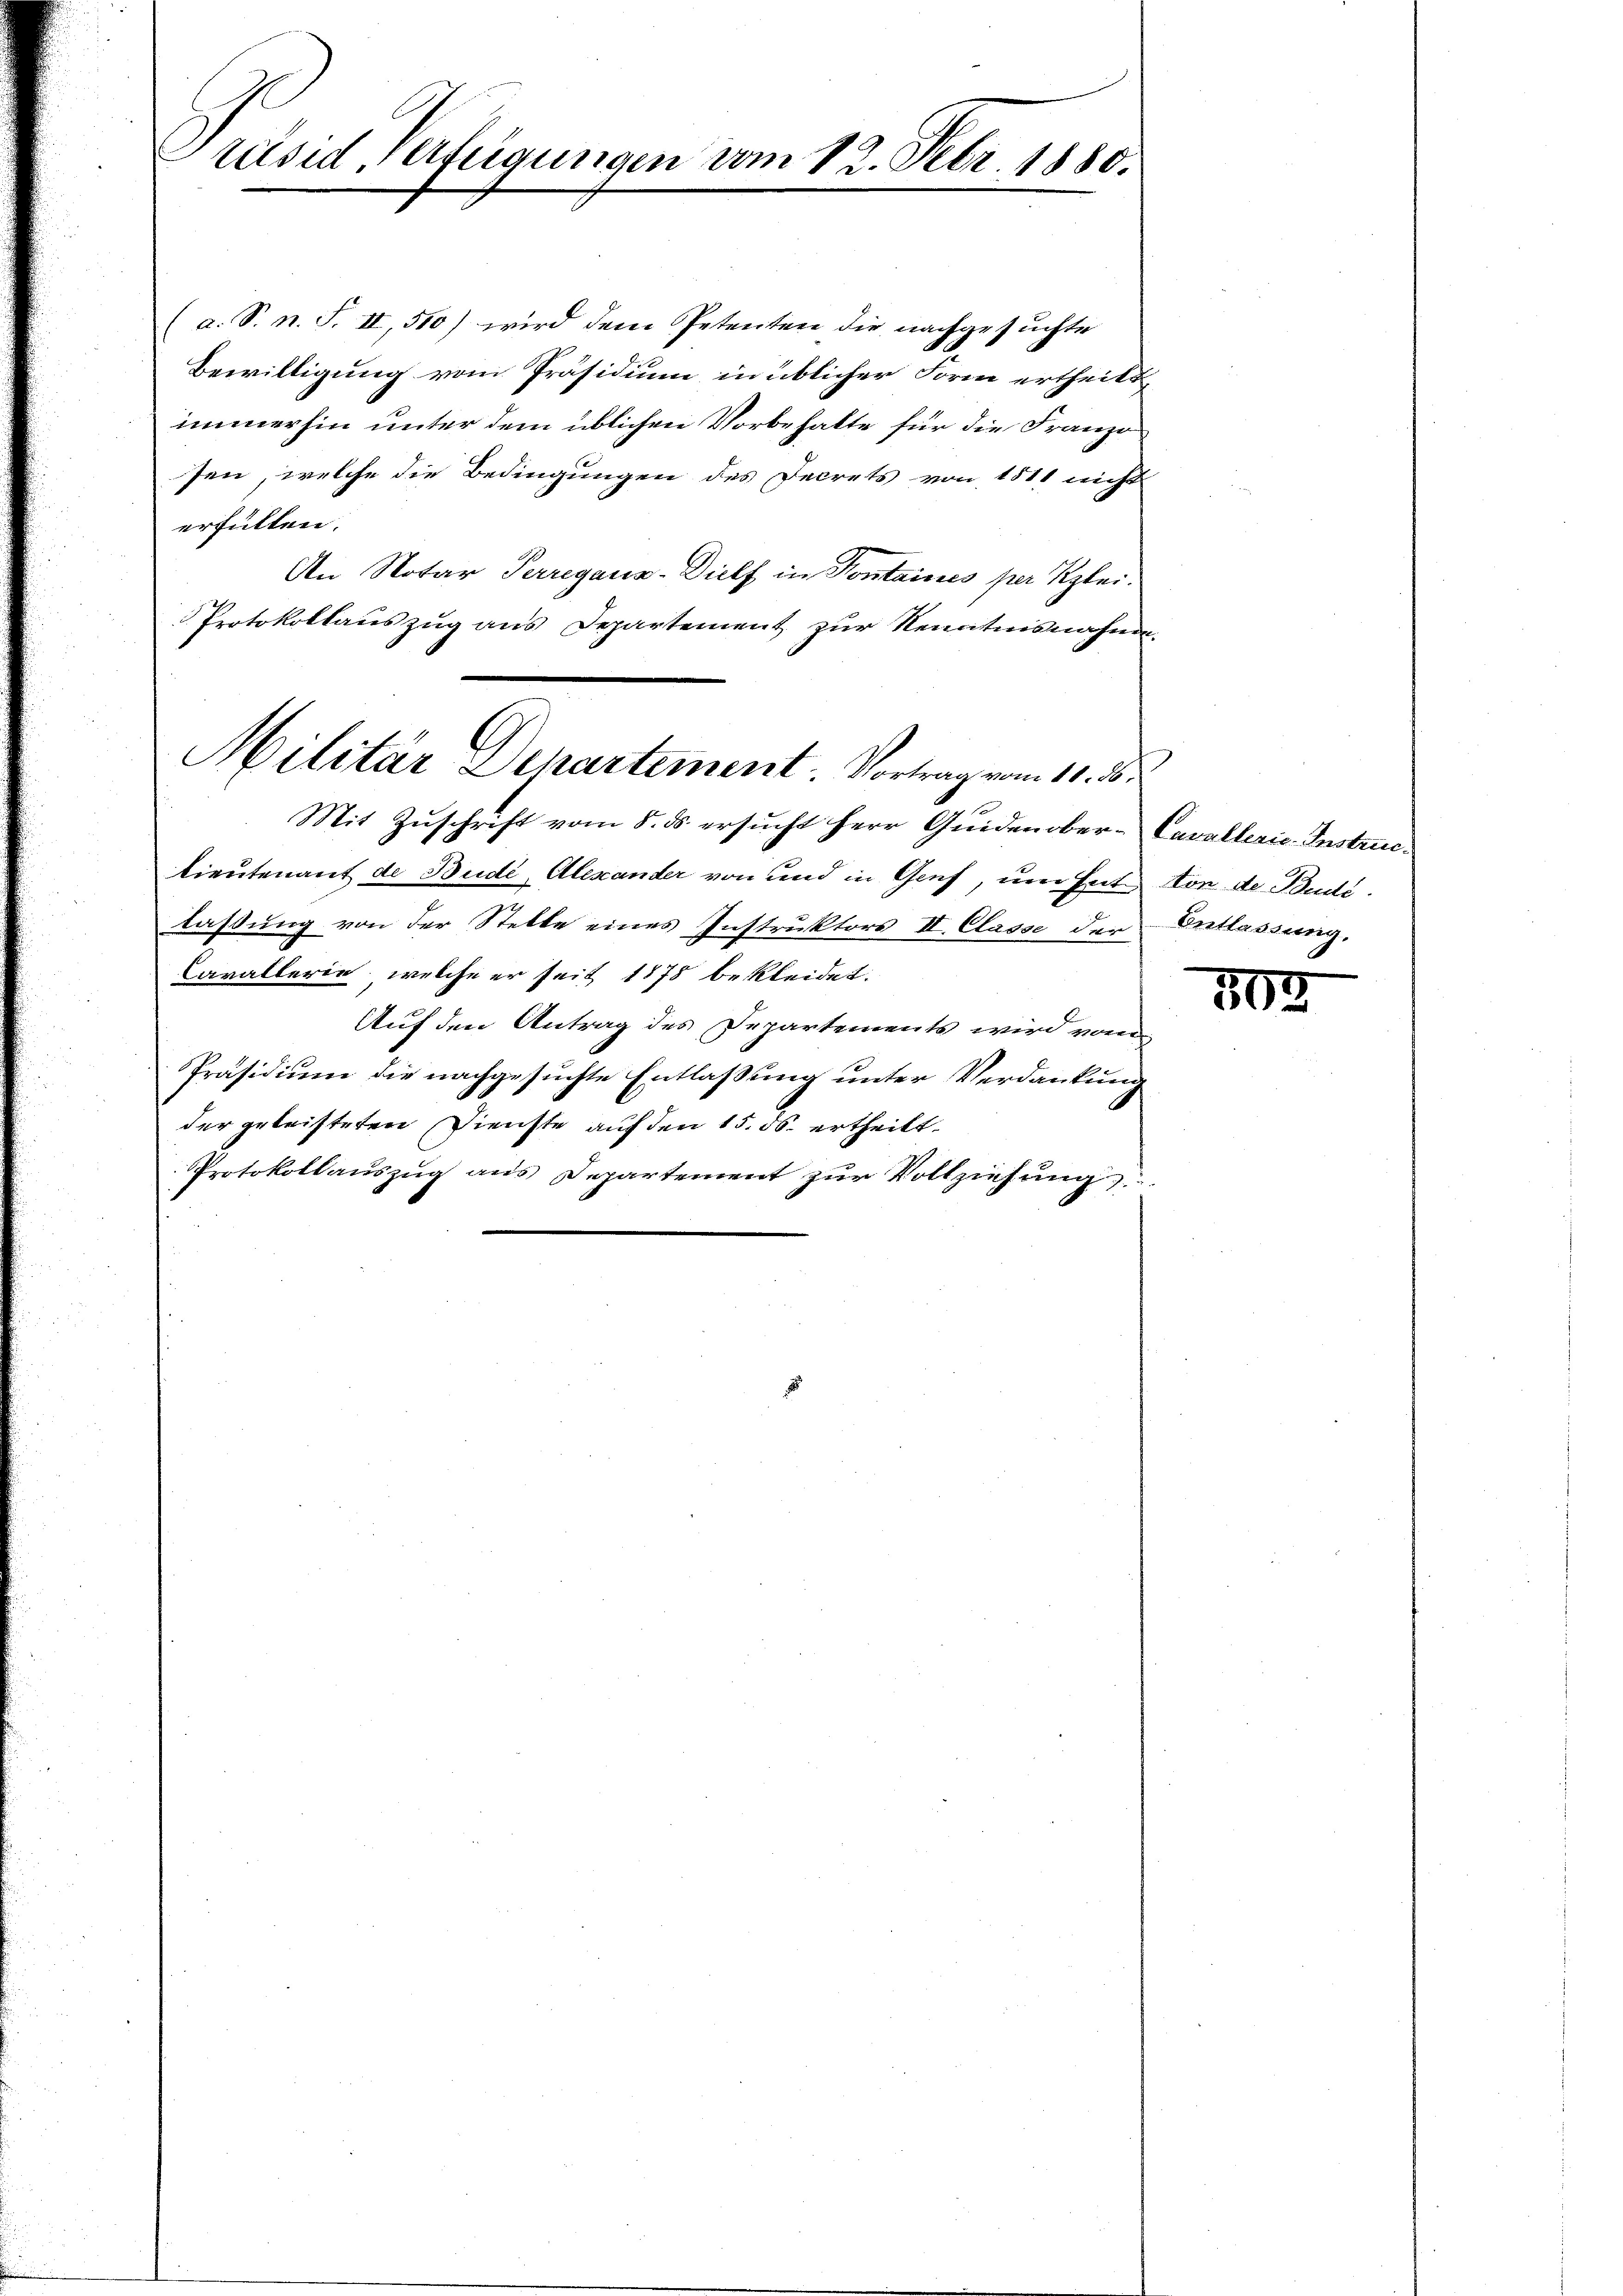
Präsid, verfügungen vom 12. Febr. 1880.

a. S. n. F. II, 510) wird dem Petenten die nachgesuchte
Bewilligung vom Präsidium in üblicher Form ertheilt,
immerhin unter dem üblichen Vorbehalte für die Franzo
sen, welche die Bedingungen des Decrets von 1811 nicht
erfüllen.
An Notar Perregaus-Dielf in Kontaines per Klei¬
Protokollauszug aus Departement zur Kenntnisnahme.
Mit Zuschrift vom 5. ds. ersucht Herr Quidenober-Cavallerie-Instruclieutenant de Bude, Alexander von und in Genf, um hat von de Bude.
lassung von der Stelle eines Instruktors II. Classe der Entlassung.
Cavallerie, welche er seit 1878 bekleidet.
Auf den Antrag des Departements wird vom
Präsidium die nachgesuchte Entlaßung unter Verdankung
der getristeten Dienste auf den 15. 56. ertheilt.
Protokollauszug aus Departement zur Vollziehung

Militär Departement. Vortrag vom 11. 3.

508.